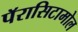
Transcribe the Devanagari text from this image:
पॅरासिटामोल